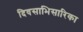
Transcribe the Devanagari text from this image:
दिवसाभिसारिका